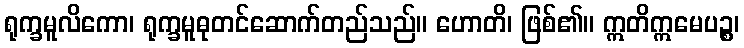
ရုက္ခမူလိကော၊ ရုက္ခမူဓုတင်ဆောက်တည်သည်။ ဟောတိ၊ ဖြစ်၏။ ဣတိဣမေပဉ္စ၊